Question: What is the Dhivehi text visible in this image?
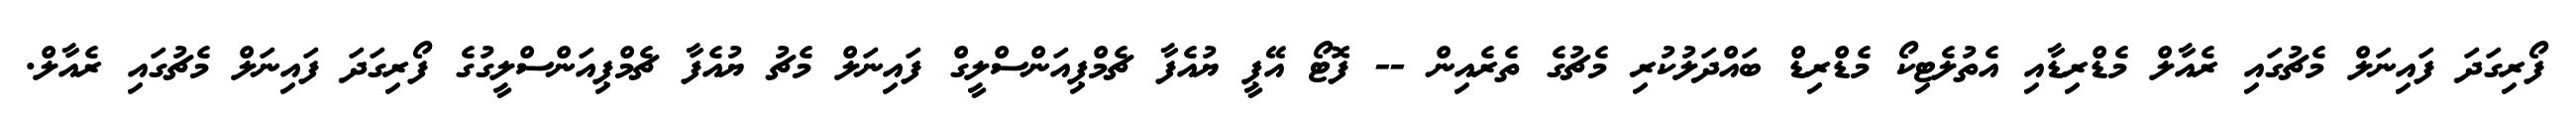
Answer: ފޯރިގަދަ ފައިނަލް މެޗުގައި ރެއާލް މެޑްރިޑާއި އެތުލެޓިކޯ މެޑްރިޑް ބައްދަލުކުރި މެޗުގެ ތެރެއިން -- ފޮޓޯ އޭޕީ ޔުއެފާ ޗެމްޕިއަންސްލީގް ފައިނަލް މެޗު ޔުއެފާ ޗެމްޕިއަންސްލީގުގެ ފޯރިގަދަ ފައިނަލް މެޗުގައި ރެއާލް.